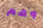
وهم